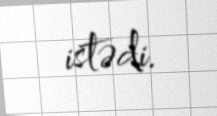
istədi.